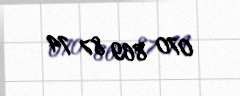
070 869 87 74